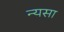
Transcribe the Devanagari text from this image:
न्यसा